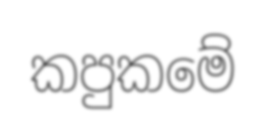
කපුකමේ